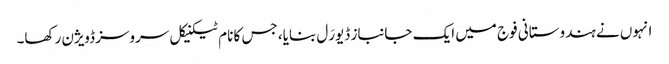
انہوں نے ہندوستانی فوج میں ایک جانباز ڈیورَل بنایا، جس کا نام ٹیکنیکل سروسز ڈویژن رکھا۔